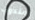
مندوب